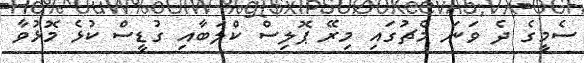
ސެމީގެ ދެ ވަނަ މެޗުގައި މިރޭ ޕޮލިސް ކްލަބާއި ގުޑީސް ކުޅެ މޮޅުވާ